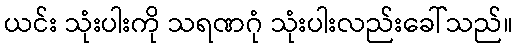
ယင်း သုံးပါးကို သရဏဂုံ သုံးပါးလည်းခေါ်သည်။